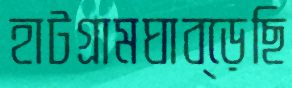
হাটগ্রামঘাব্‌ড়েছি